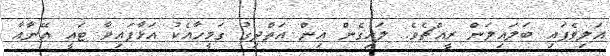
އަލިވެފައި ބަލައިލަން ރީއްޗެވެ. ލައިގެން އިން އަތްދިގު ގަމީހާއެކު އަޅާފައިވާ ޓައީ އޭނާއާ